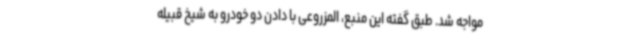
مواجه شد. طبق گفته این منبع، المزروعی با دادن دو خودرو به شیخ قبیله